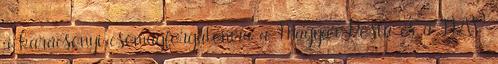
a karácsonyi csomagforgalomra a Magyar Posta és a NAV